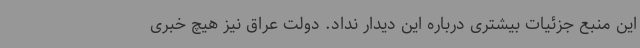
این منبع جزئیات بیشتری درباره این دیدار نداد. دولت عراق نیز هیچ خبری